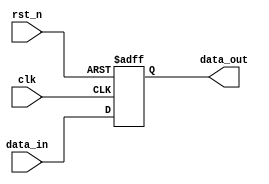
module async_reset_example (
    input wire clk,                  // Clock signal
    input wire rst_n,                // Asynchronous reset (active low)
    input wire [3:0] data_in,        // Example input data
    output reg [3:0] data_out        // Output data
);

// Asynchronous reset and clock behavior
always @ (posedge clk or negedge rst_n) begin
    if (!rst_n) begin
        // Reset condition: Set output to known state (e.g., 0)
        data_out <= 4'b0000; // Initialize output to 0
    end else begin
        // On clock edge, update output with input data
        data_out <= data_in; // Update output with input data
    end
end

endmodule